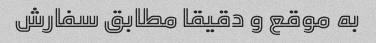
به موقع و دقیقا مطابق سفارش